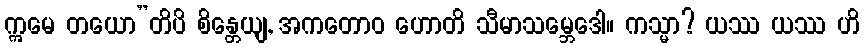
ဣမေ တယော”တိပိ စိန္တေယျ, အကတောဝ ဟောတိ သီမာသမ္ဘေဒေါ။ ကသ္မာ? ယဿ ယဿ ဟိ